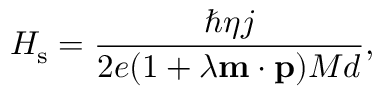
H _ { \mathrm { s } } = \frac { \hbar \eta j } { 2 e ( 1 + \lambda \mathbf { m } \cdot \mathbf { p } ) M d } ,